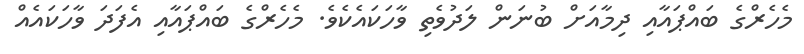
މެހެރްގެ ބައްޕައާއި ދިމާއަށް ބުނަން ލަދުވެތި ވާހަކައެކެވެ. މެހެރްގެ ބައްޕައާއި އެފަދަ ވާހަކައެއް